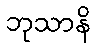
ဘုသာနိ